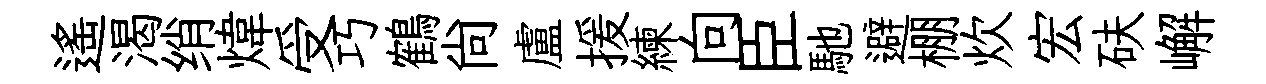
遙渴绡煒受巧鶴尚盧援練向臣馳避棚炊宏砆嶰